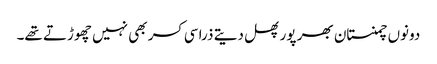
دونوں چمنستان بھر پور پھل دیتے ذرا سی کسر بھی نہیں چھوڑتے تھے۔